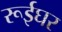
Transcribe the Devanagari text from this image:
रूईघर